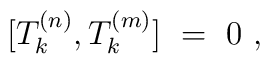
[ T^{(n)}_k , T^{(m)}_k ]\ = \ 0 \ ,